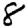
Digit: 8